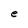
Character: e